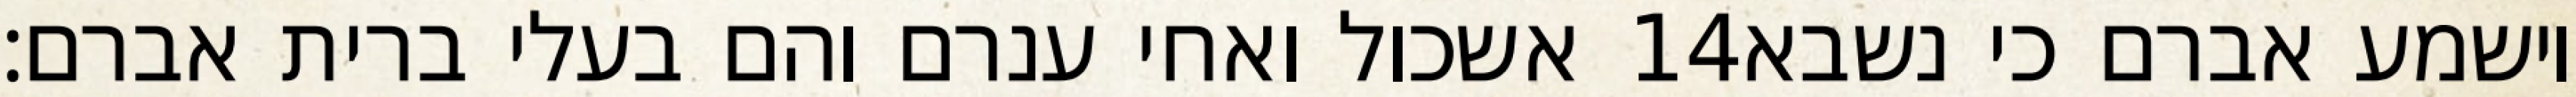
אשכול ואחי ענרם והם בעלי ברית אברם׃ ‎14‏ וישמע אברם כי נשבא